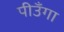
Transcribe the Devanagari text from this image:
पीउँगा